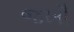
જખૌ